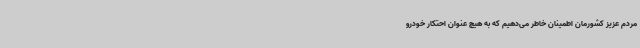
مردم عزیز کشورمان اطمینان خاطر می‌دهیم که به هیچ عنوان احتکار خودرو